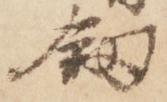
剱